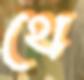
থে